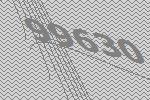
99630